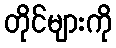
တိုင်များကို